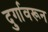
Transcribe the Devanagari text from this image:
दुर्गावरून